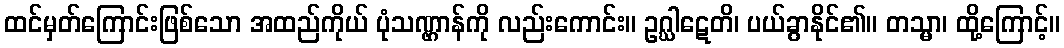
ထင်မှတ်ကြောင်းဖြစ်သော အထည်ကိုယ် ပုံသဏ္ဌာန်ကို လည်းကောင်း။ ဥဂ္ဃါဋေတိ၊ ပယ်ခွာနိုင်၏။ တသ္မာ၊ ထို့ကြောင့်။